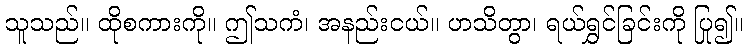
သူသည်။ ထိုစကားကို။ ဤသကံ၊ အနည်းငယ်။ ဟသိတွာ၊ ရယ်ရွှင်ခြင်းကို ပြု၍။